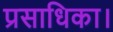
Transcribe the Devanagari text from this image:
प्रसाधिका।